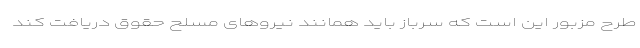
طرح مزبور این است که سرباز باید همانند نیروهای مسلح حقوق دریافت کند